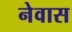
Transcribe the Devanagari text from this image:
नेवास